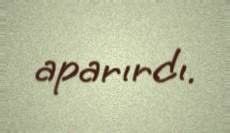
aparırdı.